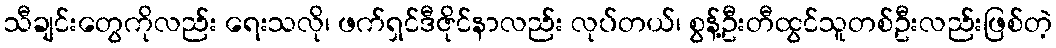
သီချင်းတွေကိုလည်း ရေးသလို၊ ဖက်ရှင်ဒီဇိုင်နာလည်း လုပ်တယ်၊ စွန့်ဦးတီထွင်သူတစ်ဦးလည်းဖြစ်တဲ့